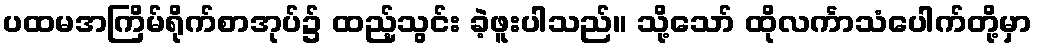
ပထမအကြိမ်ရိုက်စာအုပ်၌ ထည့်သွင်း ခဲ့ဖူးပါသည်။ သို့သော် ထိုလင်္ကာသံပေါက်တို့မှာ